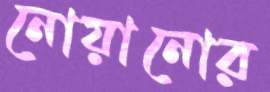
নোয়ানোর